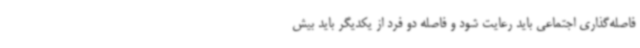
فاصله‌گذاری اجتماعی باید رعایت شود و فاصله دو فرد از یکدیگر باید بیش